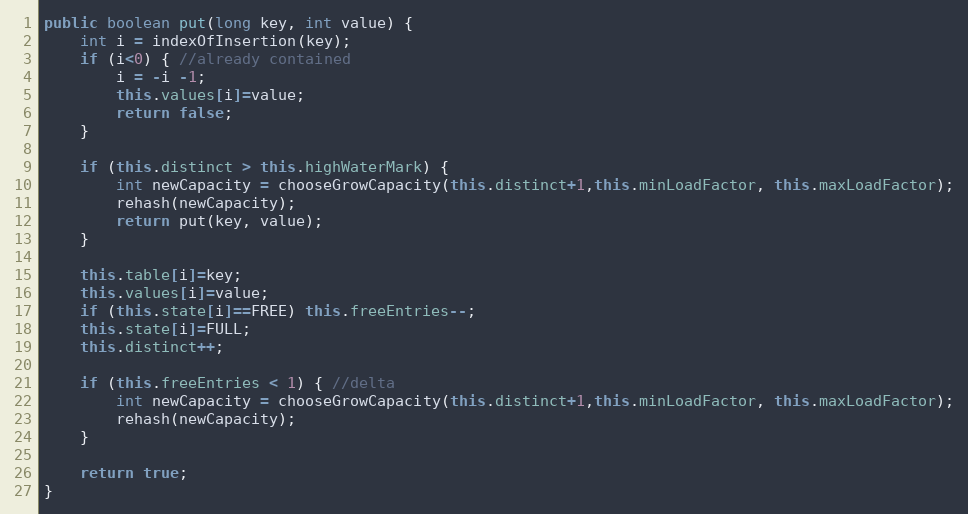
Language: Java
public boolean put(long key, int value) {
	int i = indexOfInsertion(key);
	if (i<0) { //already contained
		i = -i -1;
		this.values[i]=value;
		return false;
	}

	if (this.distinct > this.highWaterMark) {
		int newCapacity = chooseGrowCapacity(this.distinct+1,this.minLoadFactor, this.maxLoadFactor);
		rehash(newCapacity);
		return put(key, value);
	}

	this.table[i]=key;
	this.values[i]=value;
	if (this.state[i]==FREE) this.freeEntries--;
	this.state[i]=FULL;
	this.distinct++;

	if (this.freeEntries < 1) { //delta
		int newCapacity = chooseGrowCapacity(this.distinct+1,this.minLoadFactor, this.maxLoadFactor);
		rehash(newCapacity);
	}

	return true;
}